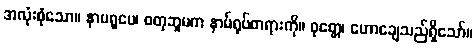
အလုံးစုံသော။ နာမရူပေ၊ စတုဘူမက နာမ်ရုပ်တရားကို။ ဝုတ္တေ၊ ဟောချေသည်ရှိသော်။